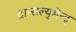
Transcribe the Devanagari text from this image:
ट्रान्सल्युसेन्ट्